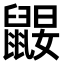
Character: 𪕤